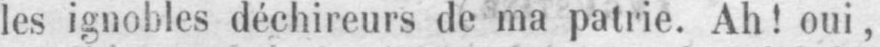
les ignobles déchireurs de ma patrie. Ah! oui,